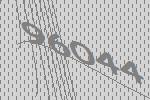
96044